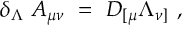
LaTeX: \delta _ { \Lambda } ~ A _ { \mu \nu } ~ = ~ D _ { [ \mu } \Lambda _ { \nu ] } ~ ,